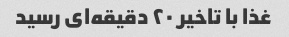
غذا با تاخیر ۲۰ دقیقه‌ای رسید